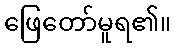
ဖြေတော်မူရ၏။